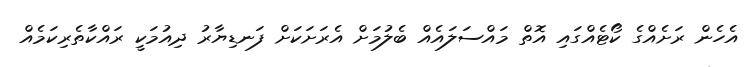
އެހެން ރަށެއްގެ ކޯޓެއްގައި އޮތް މައްސަލައެއް ބެލުމަށް އެރަށަކަށް ފަނޑިޔާރު ދިއުމަކީ ރައްކާތެރިކަމެއް